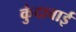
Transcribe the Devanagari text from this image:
कुंदावाई